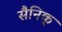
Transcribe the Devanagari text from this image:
सैनिक्